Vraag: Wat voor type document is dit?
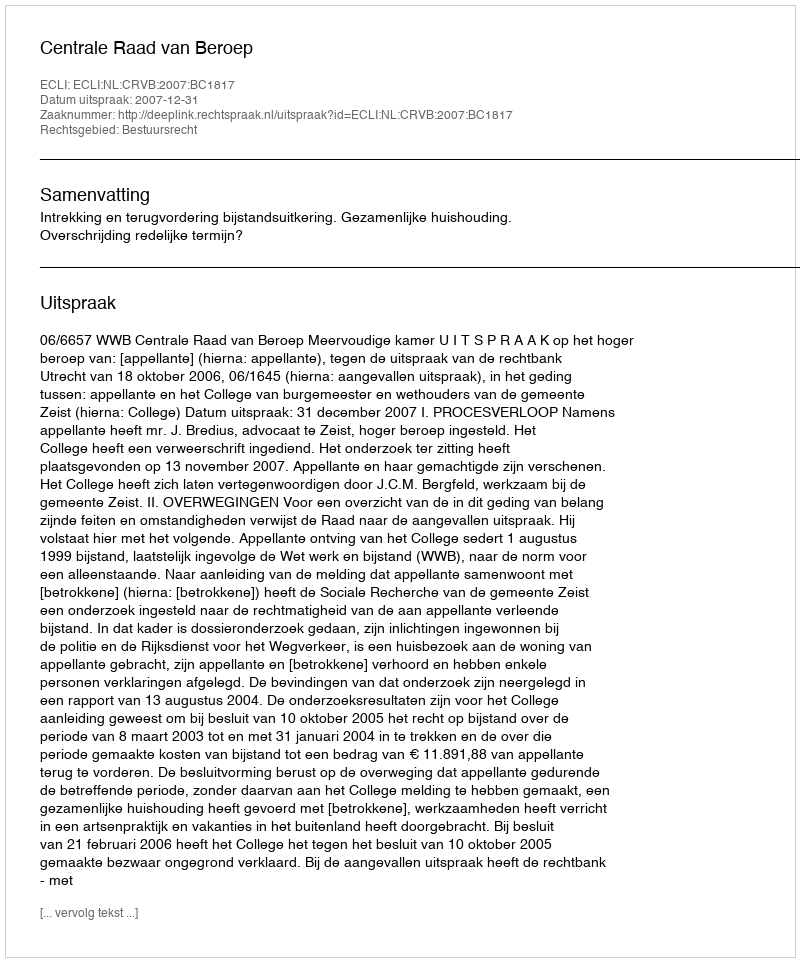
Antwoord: Uitspraak